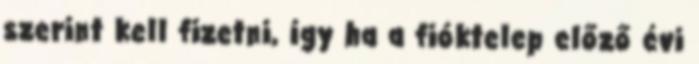
szerint kell fizetni, így ha a fióktelep előző évi